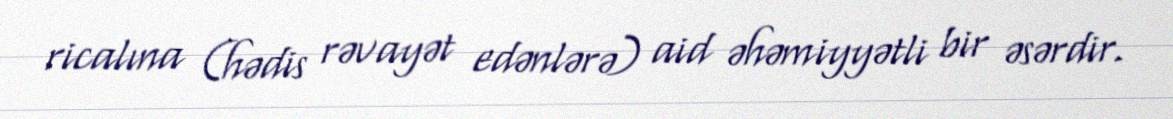
ricalına (hədis rəvayət edənlərə) aid əhəmiyyətli bir əsərdir.